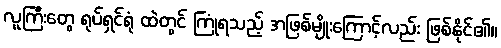
လူကြီးတွေ ရုပ်ရှင်ရုံ ထဲတွင် ကြုံရသည့် အဖြစ်မျိုးကြောင့်လည်း ဖြစ်နိုင်၏။